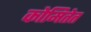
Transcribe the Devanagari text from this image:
कोमितेत